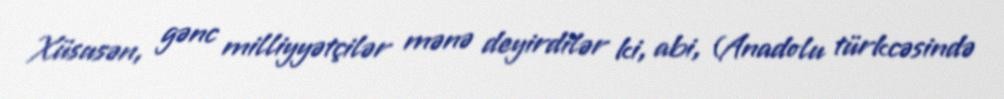
Xüsusən, gənc milliyyətçilər mənə deyirdilər ki, abi, (Anadolu türkcəsində